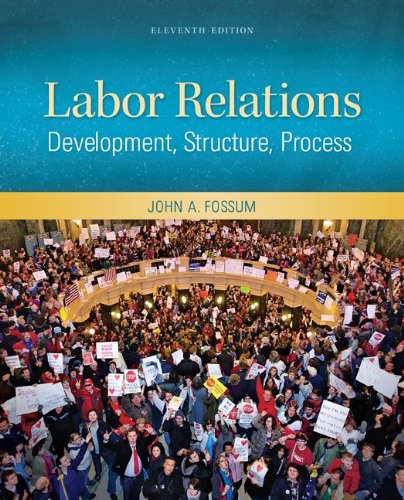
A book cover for Labor Relations; John Fossum; Business & Money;